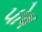
પોષ